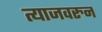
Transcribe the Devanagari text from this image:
त्याजवरुन